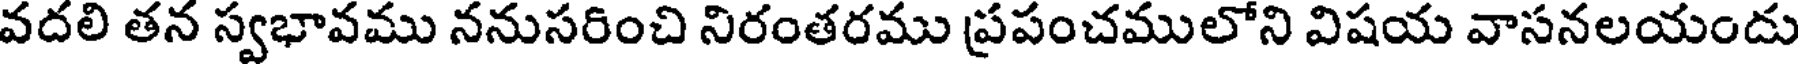
వదలి తన స్వభావము ననుసరించి నిరంతరము ప్రపంచములోని విషయ వాసనలయందు